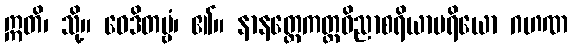
ဣတိ၊ သို့။ ဝေဒိတဗ္ဗံ၊ ၏။ နာနတ္တေကတ္တဝိညာစရိယာပရိယော ဂဟဏ